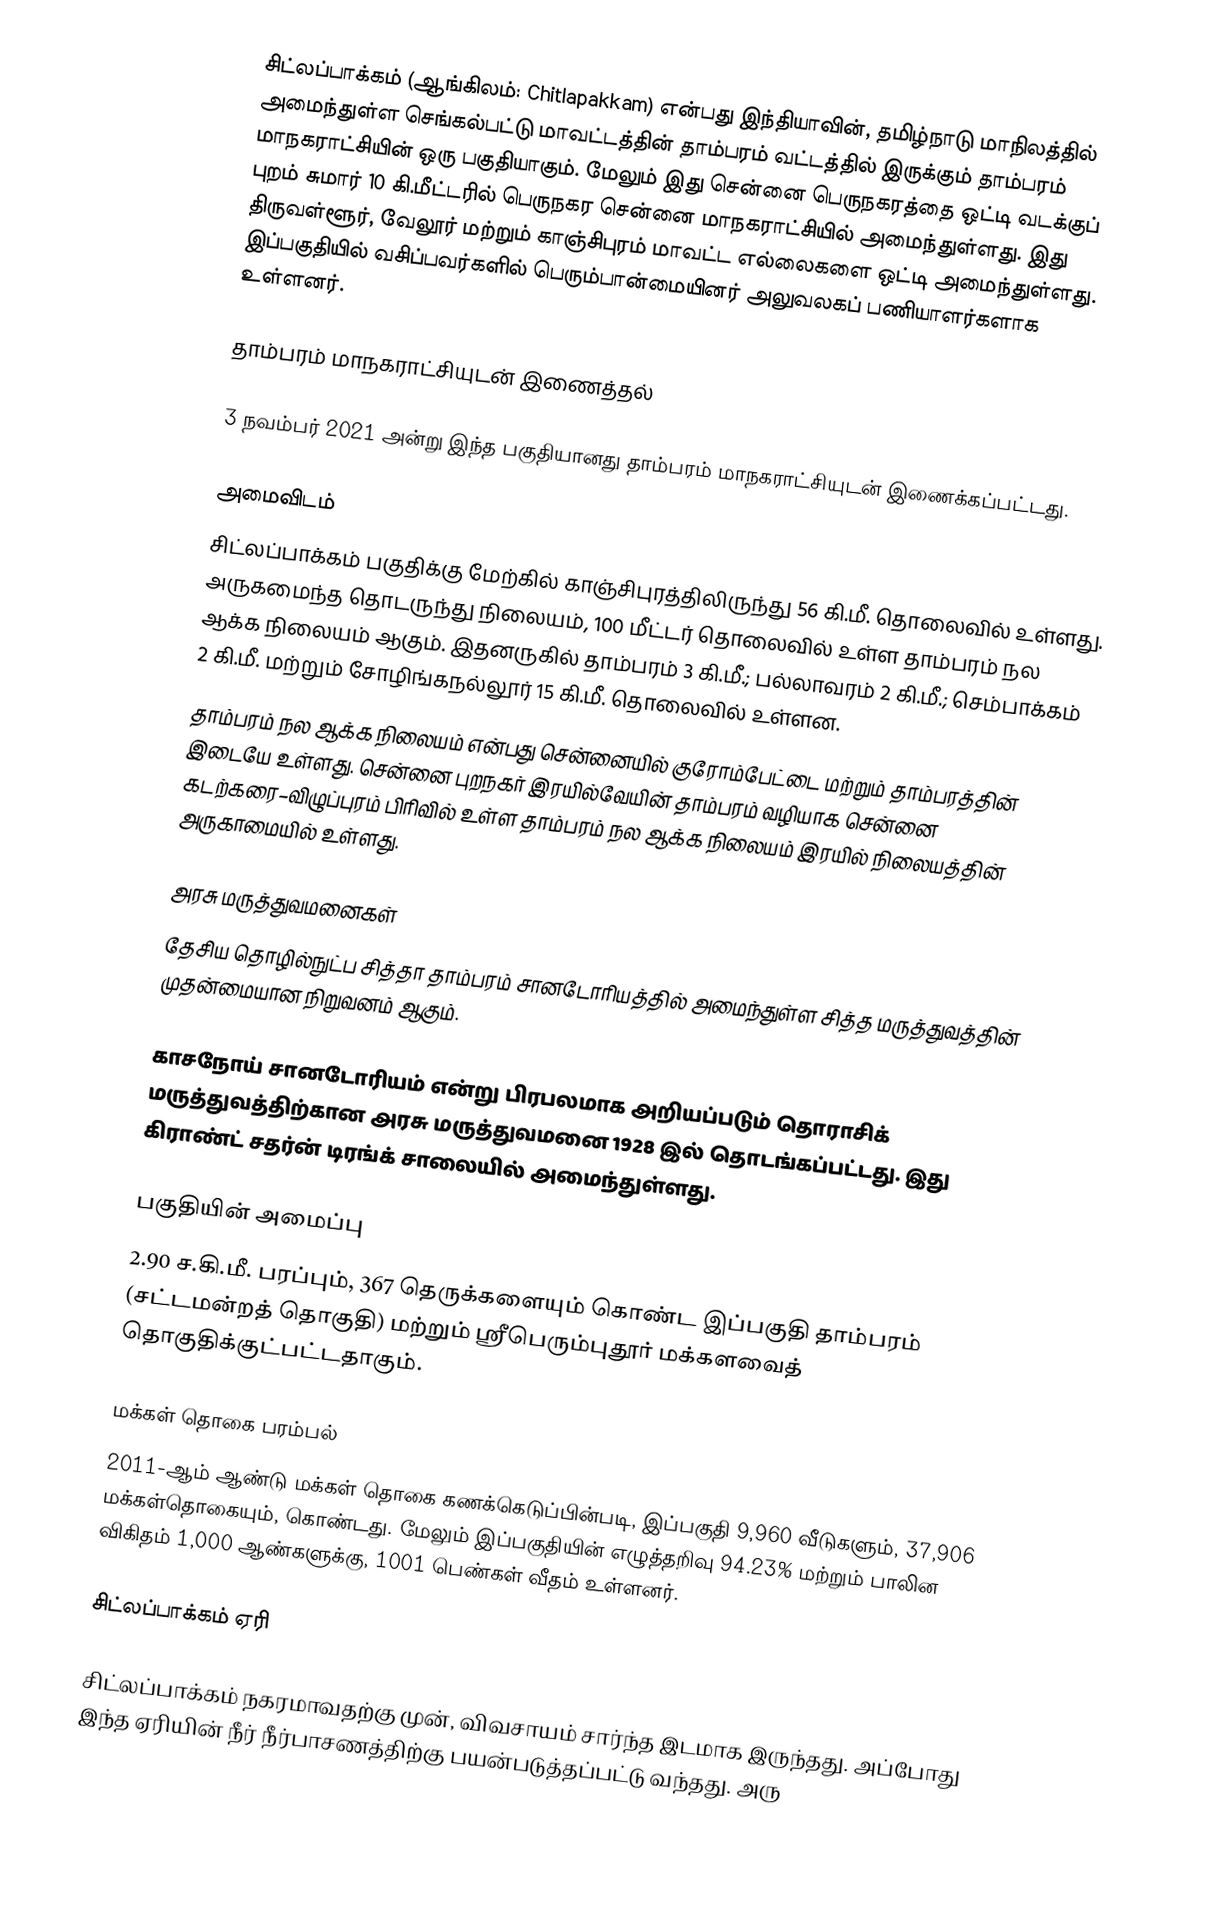
சிட்லப்பாக்கம் (ஆங்கிலம்: Chitlapakkam) என்பது இந்தியாவின், தமிழ்நாடு மாநிலத்தில் அமைந்துள்ள செங்கல்பட்டு மாவட்டத்தின் தாம்பரம் வட்டத்தில் இருக்கும் தாம்பரம் மாநகராட்சியின் ஒரு பகுதியாகும். மேலும் இது சென்னை பெருநகரத்தை ஒட்டி வடக்குப் புறம் சுமார் 10 கி.மீட்டரில் பெருநகர சென்னை மாநகராட்சியில் அமைந்துள்ளது. இது திருவள்ளூர், வேலூர் மற்றும் காஞ்சிபுரம் மாவட்ட எல்லைகளை ஒட்டி அமைந்துள்ளது. இப்பகுதியில் வசிப்பவர்களில் பெரும்பான்மையினர் அலுவலகப் பணியாளர்களாக உள்ளனர்.

தாம்பரம் மாநகராட்சியுடன் இணைத்தல்

3 நவம்பர் 2021 அன்று இந்த பகுதியானது   தாம்பரம் மாநகராட்சியுடன் இணைக்கப்பட்டது.

அமைவிடம்
சிட்லப்பாக்கம் பகுதிக்கு மேற்கில் காஞ்சிபுரத்திலிருந்து 56 கி.மீ. தொலைவில் உள்ளது. அருகமைந்த தொடருந்து நிலையம், 100 மீட்டர் தொலைவில் உள்ள தாம்பரம் நல ஆக்க நிலையம் ஆகும். இதனருகில் தாம்பரம் 3 கி.மீ.; பல்லாவரம் 2 கி.மீ.; செம்பாக்கம் 2 கி.மீ. மற்றும்   சோழிங்கநல்லூர் 15 கி.மீ. தொலைவில் உள்ளன.
தாம்பரம் நல ஆக்க நிலையம் என்பது சென்னையில் குரோம்பேட்டை மற்றும் தாம்பரத்தின் இடையே உள்ளது. சென்னை புறநகர் இரயில்வேயின் தாம்பரம் வழியாக சென்னை கடற்கரை–விழுப்புரம் பிரிவில் உள்ள தாம்பரம் நல ஆக்க நிலையம் இரயில் நிலையத்தின் அருகாமையில் உள்ளது.

அரசு மருத்துவமனைகள்
தேசிய தொழில்நுட்ப சித்தா தாம்பரம் சானடோரியத்தில் அமைந்துள்ள சித்த மருத்துவத்தின் முதன்மையான நிறுவனம் ஆகும்.

காசநோய் சானடோரியம் என்று பிரபலமாக அறியப்படும் தொராசிக் மருத்துவத்திற்கான அரசு மருத்துவமனை 1928 இல் தொடங்கப்பட்டது. இது கிராண்ட் சதர்ன் டிரங்க் சாலையில் அமைந்துள்ளது.

பகுதியின் அமைப்பு
2.90 ச.கி.மீ. பரப்பும், 367 தெருக்களையும்  கொண்ட இப்பகுதி தாம்பரம்  (சட்டமன்றத் தொகுதி) மற்றும் ஸ்ரீபெரும்புதூர் மக்களவைத் தொகுதிக்குட்பட்டதாகும்.

மக்கள் தொகை பரம்பல்
2011-ஆம் ஆண்டு மக்கள் தொகை கணக்கெடுப்பின்படி, இப்பகுதி 9,960 வீடுகளும், 37,906 மக்கள்தொகையும், கொண்டது. மேலும் இப்பகுதியின் எழுத்தறிவு 94.23% மற்றும் பாலின விகிதம் 1,000 ஆண்களுக்கு, 1001 பெண்கள் வீதம் உள்ளனர்.

சிட்லப்பாக்கம் ஏரி

சிட்லப்பாக்கம் நகரமாவதற்கு முன், விவசாயம் சார்ந்த இடமாக இருந்தது. அப்போது இந்த ஏரியின் நீர் நீர்பாசணத்திற்கு பயன்படுத்தப்பட்டு வந்தது. அரு